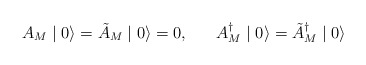
\begin{align*}A_{M} \mid 0 \rangle = \tilde{A}_{M} \mid 0 \rangle = 0, \;\;\;\;\;\;A^{\dagger}_{M} \mid 0 \rangle = \tilde{A}^{\dagger}_{M} \mid 0 \rangle \end{align*}